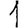
Digit: 1